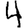
Digit: 4